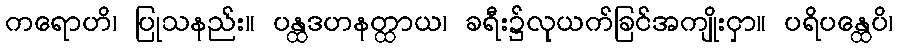
ကရောဟိ၊ ပြုသနည်း။ ပန္ထဒဟနတ္ထာယ၊ ခရီး၌လုယက်ခြင်အကျိုးငှာ။ ပရိပန္ထေပိ၊